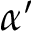
\alpha ^ { \prime }